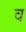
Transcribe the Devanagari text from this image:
व